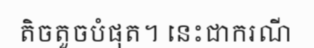
តិចតួចបំផុត។ នេះជាករណី